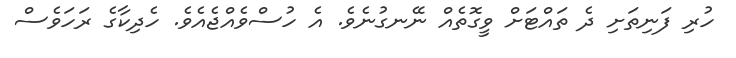
ހުރި ފަނިތަށި ދެ ތައްޓަށް ވީގޮތެއް ނޭނގުނެވެ. އެ ހުސްވެއްޖެއެވެ. ހެދިކާގެ ރަހަވެސް